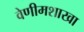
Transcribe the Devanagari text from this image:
वेणीमशाखा